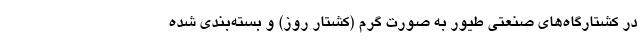
در کشتارگاه‌های صنعتی طیور به صورت گرم (کشتار روز) و بسته‌بندی شده